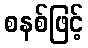
စနစ်ဖြင့်